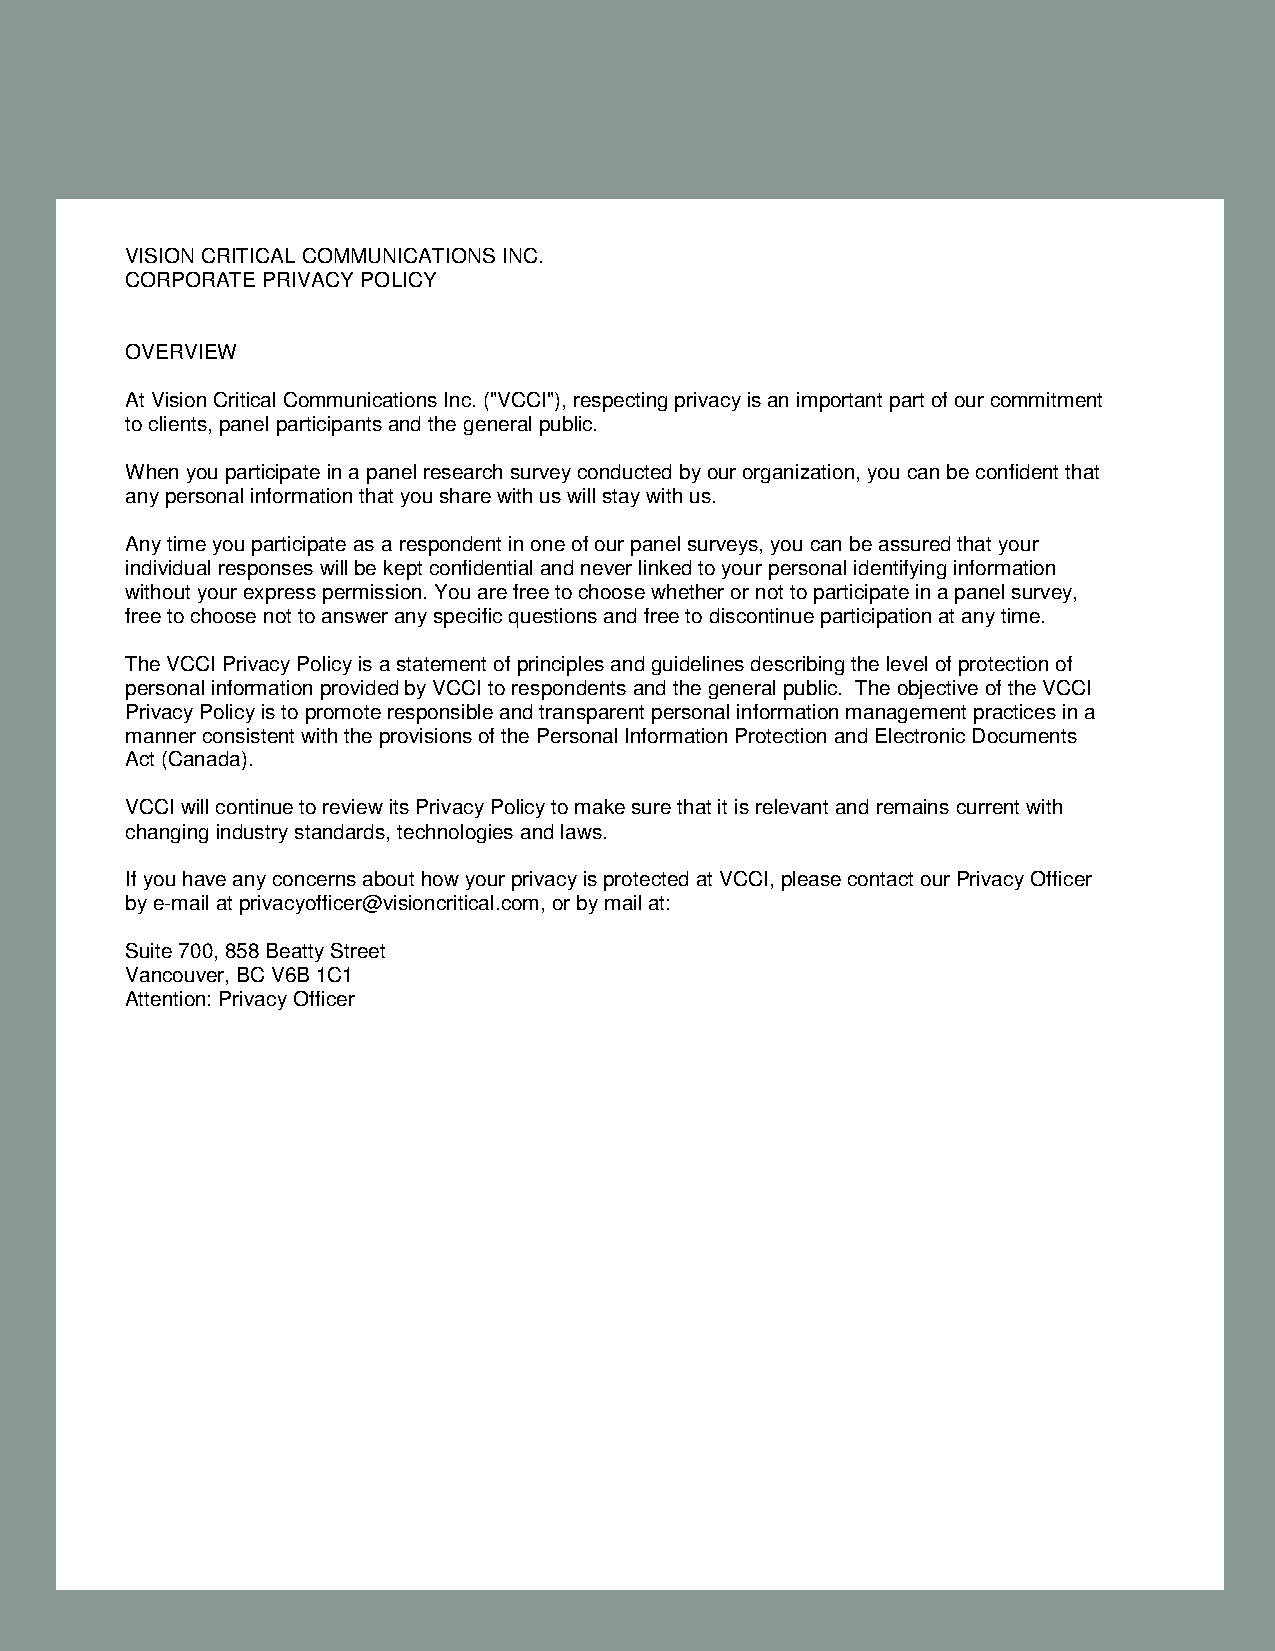
VISION CRITICAL COMMUNICATIONS INC.
 CORPORATE PRIVACY POLICY
 OVERVIEW
 At Vision Critical Communications Inc. ("VCCI"), respecting privacy is an important part of our commitment
 to clients, panel participants and the general public.
 When you participate in a panel research survey conducted by our organization, you can be confident that
 any personal information that you share with us will stay with us.
 Any time you participate as a respondent in one of our panel surveys, you can be assured that your
 individual responses will be kept confidential and never linked to your personal identifying information
 without your express permission. You are free to choose whether or not to participate in a panel survey,
 free to choose not to answer any specific questions and free to discontinue participation at any time.
 The VCCI Privacy Policy is a statement of principles and guidelines describing the level of protection of
 personal information provided by VCCI to respondents and the general public. The objective of the VCCI
 Privacy Policy is to promote responsible and transparent personal information management practices in a
 manner consistent with the provisions of the Personal Information Protection and Electronic Documents
 Act (Canada).
 VCCI will continue to review its Privacy Policy to make sure that it is relevant and remains current with
 changing industry standards, technologies and laws.
 If you have any concerns about how your privacy is protected at VCCI, please contact our Privacy Officer
 by e-mail at privacyofficer@visioncritical.com, or by mail at:
 Suite 700, 858 Beatty Street
 Vancouver, BC V6B 1C1
 Attention: Privacy Officer